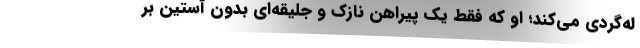
له‌گردی می‌کند؛ او که فقط یک پیراهن نازک و جلیقه‌ای بدون آستین بر